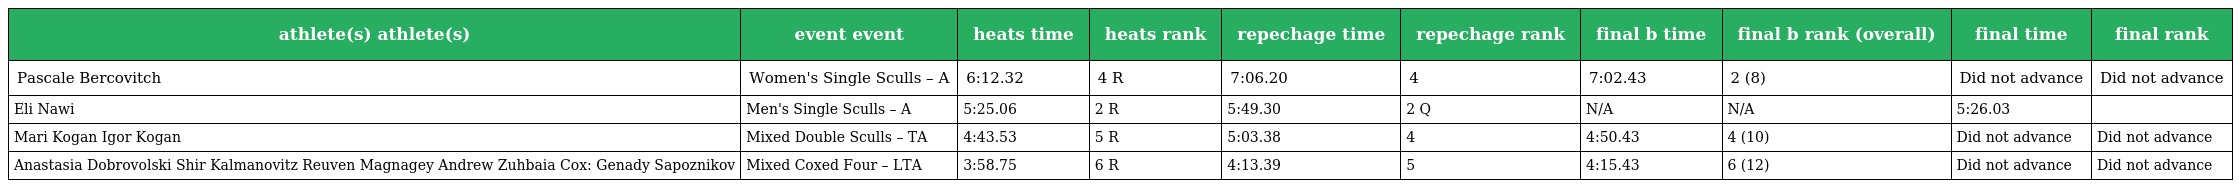
| athlete(s) athlete(s) | event event | heats time | heats rank | repechage time | repechage rank | final b time | final b rank (overall) | final time | final rank |
 | --- | --- | --- | --- | --- | --- | --- | --- | --- | --- |
 | Pascale Bercovitch | Women's Single Sculls – A | 6:12.32 | 4 R | 7:06.20 | 4 | 7:02.43 | 2 (8) | Did not advance | Did not advance |
 | Eli Nawi | Men's Single Sculls – A | 5:25.06 | 2 R | 5:49.30 | 2 Q | N/A | N/A | 5:26.03 |  |
 | Mari Kogan Igor Kogan | Mixed Double Sculls – TA | 4:43.53 | 5 R | 5:03.38 | 4 | 4:50.43 | 4 (10) | Did not advance | Did not advance |
 | Anastasia Dobrovolski Shir Kalmanovitz Reuven Magnagey Andrew Zuhbaia Cox: Genady Sapoznikov | Mixed Coxed Four – LTA | 3:58.75 | 6 R | 4:13.39 | 5 | 4:15.43 | 6 (12) | Did not advance | Did not advance |